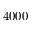
4 0 0 0